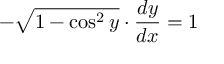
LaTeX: - { \sqrt { 1 - \cos ^ { 2 } y } } \cdot { \frac { d y } { d x } } = 1